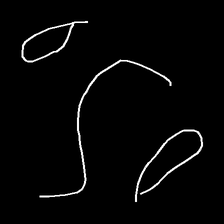
Glyph: water